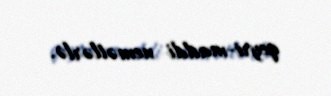
qeyri-maddi nemətlərlə.